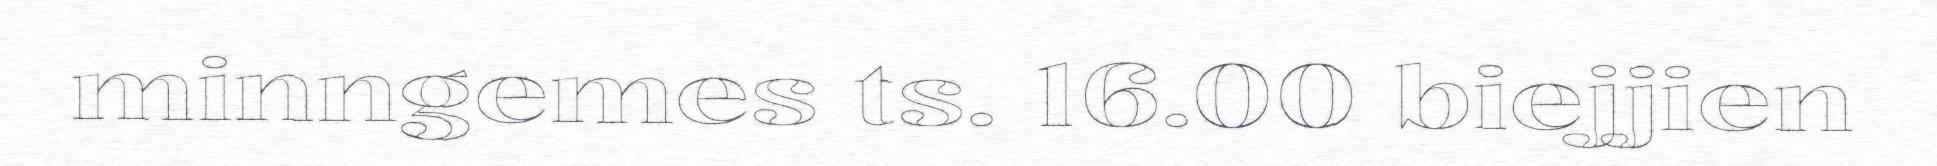
minngemes ts. 16.00 biejjien